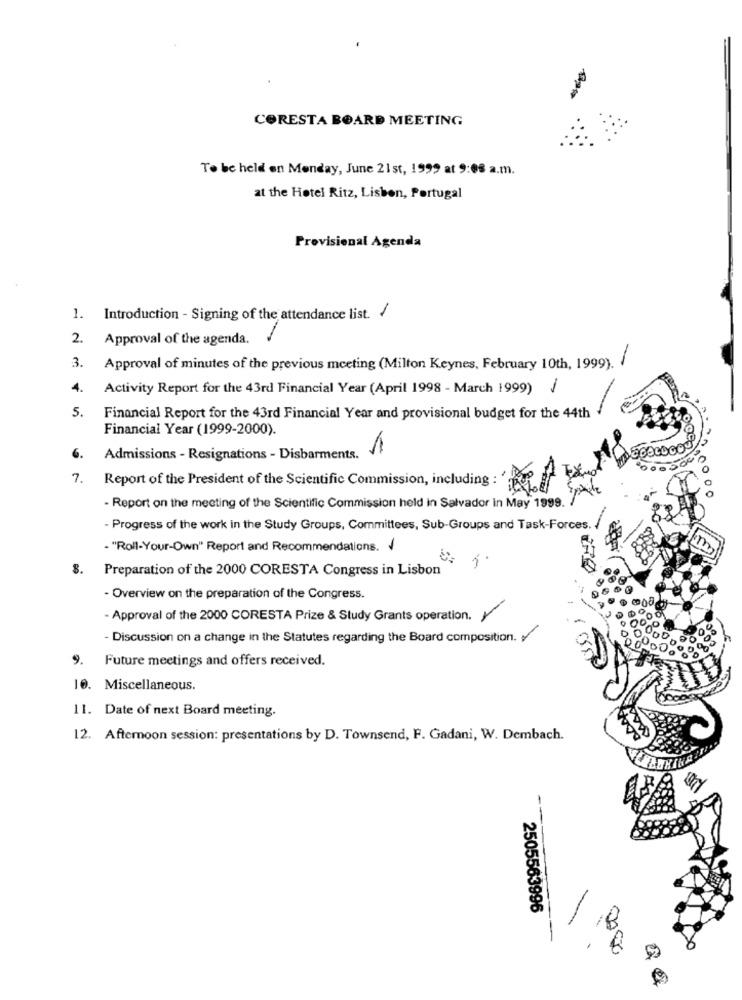
CORESTA BOARD MEETING
To be held on Monday, June 21st, 1999 at 9:08 a.m.
at the Hotel Ritz, Lisbon, Portugal
Provisional Agenda
1. Introduction - Signing of the attendance list. /
2. Approval of the agenda.
3.
Approval of minutes of the previous meeting (Milton Keynes, February 10th, 1999). /
4.
Activity Report for the 43rd Financial Year (April 1998 - March 1999) /
5.
Financial Report for the 43rd Financial Year and provisional budget for the 44th
Financial Year (1999-2000).
6.
Admissions - Resignations - Disbarments.
7.
Report of the President of the Scientific Commission, including
- Report on the meeting of the Scientific Commission held in Salvador in May 1999.
Progress of the work in the Study Groups, Committees, Sub-Groups and Task-Forces.
- "Roll-Your-Own" Report and Recommendations. /
m
8. Preparation of the 2000 CORESTA Congress in Lisbon
- Overview on the preparation of the Congress.
- Approval of the 2000 CORESTA Prize & Study Grants operation. /
- Discussion on a change in the Statutes regarding the Board composition. y
00:
9. Future meetings and offers received.
10. Miscellaneous.
11. Date of next Board meeting.
12. Afternoon session: presentations by D. Townsend, F. Gadani, W. Dembach.
-
2505563996